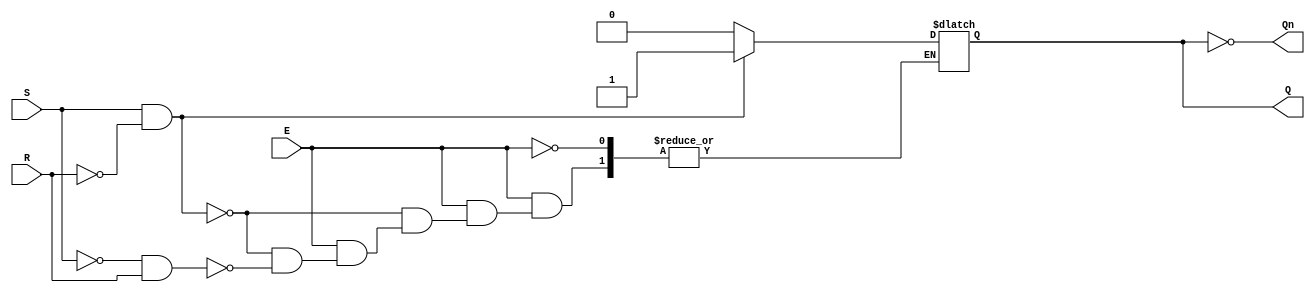
module GatedSRLatch (
    input wire S,     // Set input
    input wire R,     // Reset input
    input wire E,     // Enable input
    output reg Q,     // Output Q
    output wire Qn    // Complement of Q
);

// Complement of Q
assign Qn = ~Q;

// Always block to implement the gated latch behavior
always @(*) begin
    if (E) begin
        if (S && ~R) begin
            Q = 1'b1;  // Set Q to 1
        end else if (~S && R) begin
            Q = 1'b0;  // Reset Q to 0
        end
        // If both S and R are low, retain the previous state
        // If both S and R are high, this condition is invalid
    end
    // If E is low, retain the previous state (no change)
end

endmodule